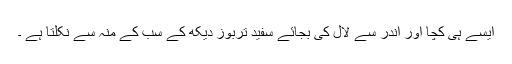
ایسے ہی کچا اور اندر سے لال کی بجائے سفید تربوز دیکھ کے سب کے منہ سے نکلتا ہے ۔